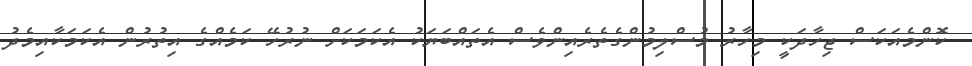
ކޮންމެއަކަސް ޖިހާދަކީ މިހާރު މުސްލިމުންގެތެރެއިންވެސް އެތައްބަޔަކު އެކަމަކަށް ނުރުހޭ ކަމެއްގެ އިތުރުން އެކަމަކާއިމެދު